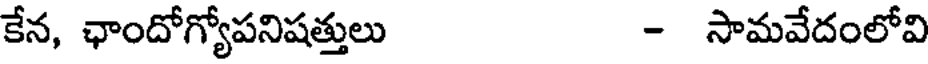
కేన, ఛాందోగ్యోపనిషత్తులు - సామవేదంలోవి